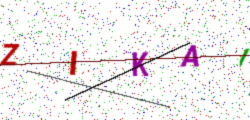
Text: ZIKAI